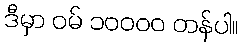
ဒီမှာ ဝမ် ၁၀၀၀၀ တန်ပါ။